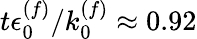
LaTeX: t\epsilon_{0}^{(f)}/k_{0}^{(f)}\approx 0.92